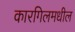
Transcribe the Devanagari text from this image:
कारगिलमधील